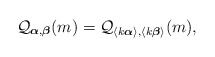
\begin{align*}\mathcal{Q}_{\boldsymbol{\alpha},\boldsymbol{\beta}}(m)=\mathcal{Q}_{\langle k\boldsymbol{\alpha}\rangle,\langle k\boldsymbol{\beta}\rangle}(m),\end{align*}